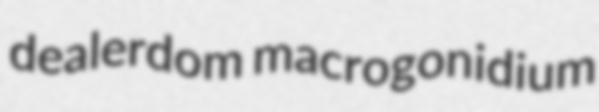
dealerdom macrogonidium